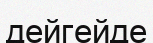
дейгейде